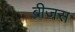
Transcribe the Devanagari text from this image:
ब्रीजस